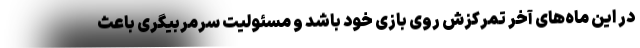
در این ماه‌های آخر تمرکزش روی بازی خود باشد و مسئولیت سرمربیگری باعث